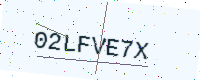
Text: 02LFVE7X